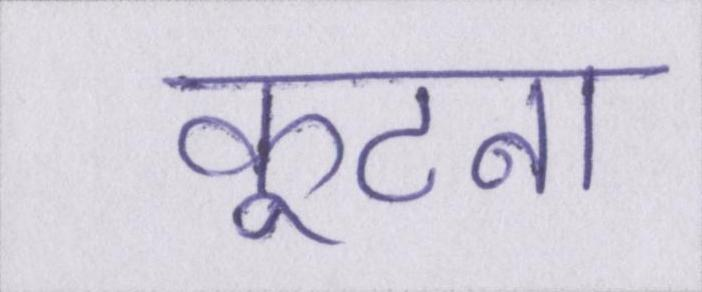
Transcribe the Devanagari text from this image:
कूटना